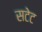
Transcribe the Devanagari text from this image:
सटेट